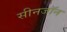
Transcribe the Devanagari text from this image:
सीनजॉन